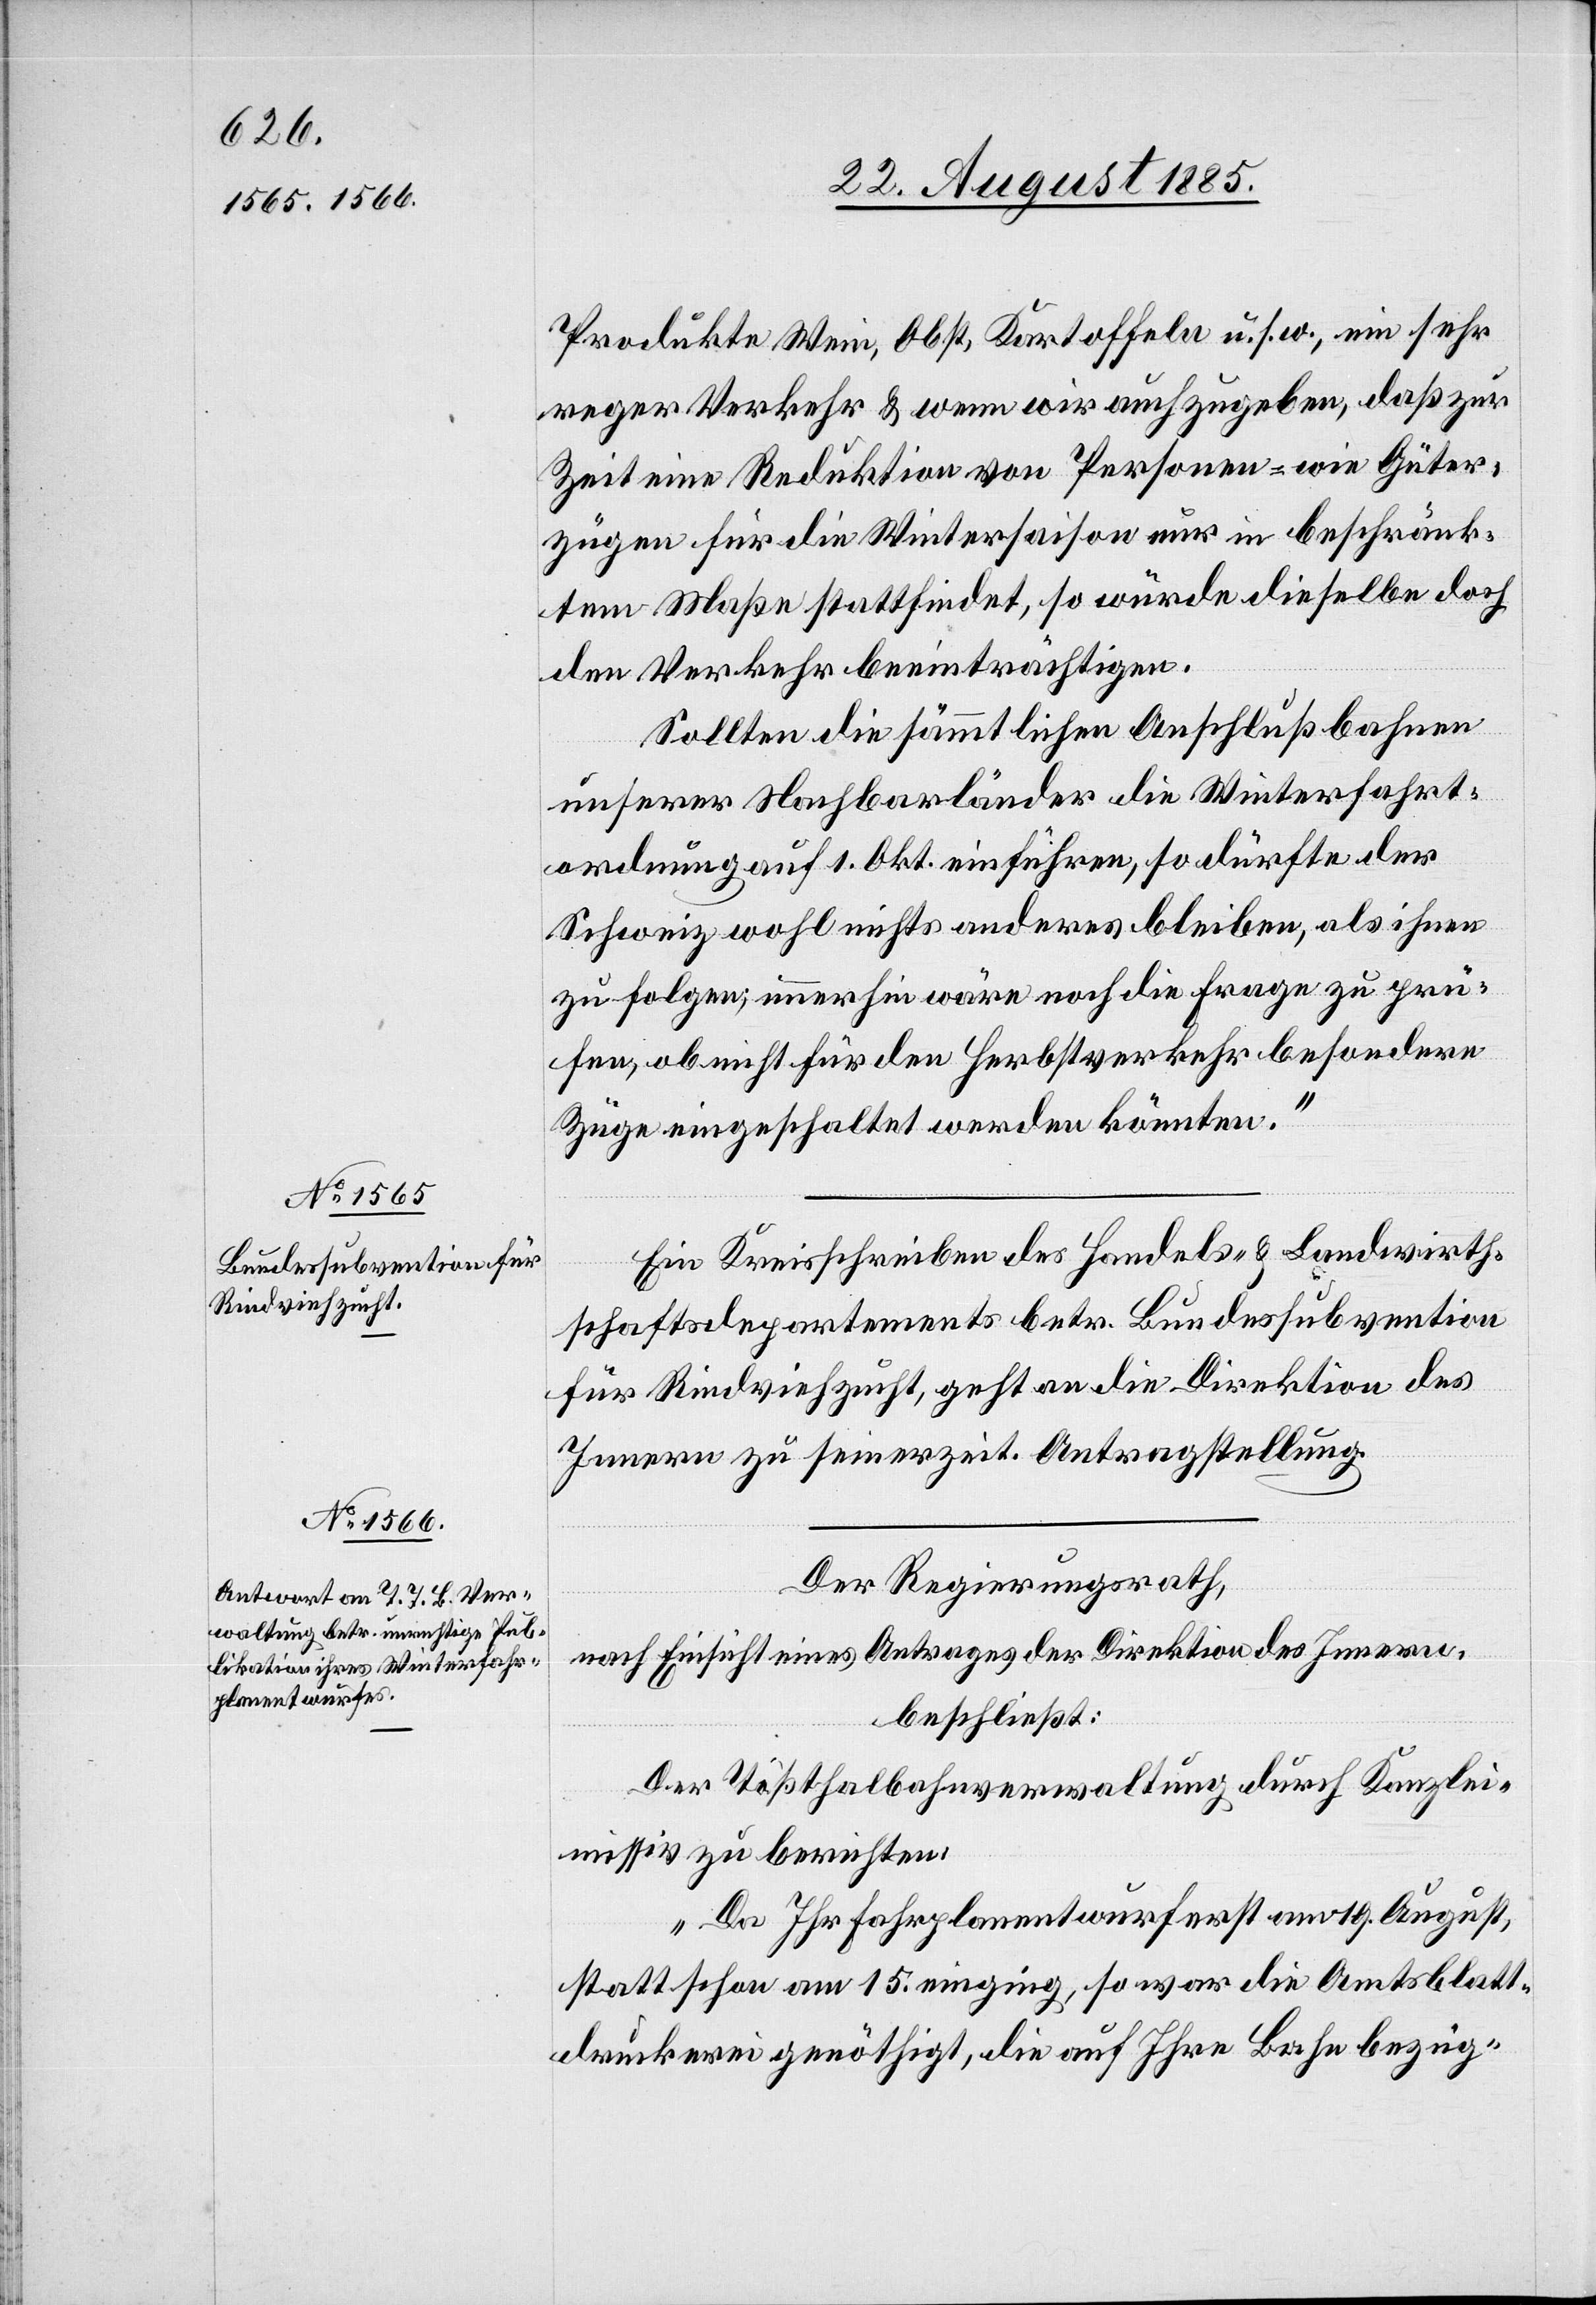
27. August 1885.]
Produkte Wein, Obst, Kartoffeln u. s. w., ein sehr
reger Verkehr & wenn wir auch zugeben, daß zur
Zeit eine Reduktion von Personen- wie Güter¬
zügen für die Wintersaison nur in beschränk¬
tem Maße stattfindet, so würde dieselbe doch
den Verkehr beeinträchtigen.
Sollten die sämmtlichen Anschlußbahnen
unserer Nachbarländer die Winterfahrt¬
ordnung auf 1. Okt. einführen, so dürfte der
Schweiz wohl nichts anderes bleiben, als ihnen
zu folgen, immerhin wäre noch die Frage zu prü¬
fen, ob nicht für den Herbstverkehr besondere
Züge eingeschaltet werden könnten.“
Ein Kreisschreiben des Handels- & Landwirth¬
schaftsdepartements betr. Bundessubvention
für Rindviehzucht, geht an die Direktion des
Innern zu seinerzeit. Antragstellung.
Der Regierungsrath,
nach Einsicht eines Antrages der Direktion des Innern,
beschließt:
Der Tößthalbahnverwaltung durch Kanzlei¬
missiv zu berichten:
„Da Ihr Fahrplanentwurf erst am 19. August,
statt schon am 15. einging, so war die Amtsblatt¬
druckerei genöthigt, die auf Ihre Bahn bezüg-